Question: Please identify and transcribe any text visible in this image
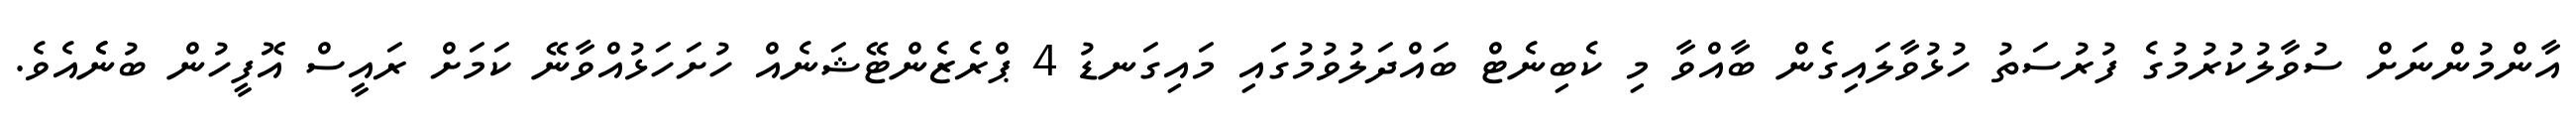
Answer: އާންމުންނަށް ސުވާލުކުރުމުގެ ފުރުސަތު ހުޅުވާލައިގެން ބާއްވާ މި ކެބިނެޓް ބައްދަލުވުމުގައި މައިގަނޑު 4 ޕްރެޒެންޓޭޝަނެއް ހުށަހަޅުއްވާނޭ ކަމަށް ރައީސް އޮފީހުން ބުނެެއެވެ.